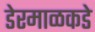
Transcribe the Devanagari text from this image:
डेरमाळकडे